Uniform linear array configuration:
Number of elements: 12
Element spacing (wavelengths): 0.25
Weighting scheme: cosine
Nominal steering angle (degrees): -45
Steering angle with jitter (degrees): -46.072
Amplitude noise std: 0.05
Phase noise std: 0.05

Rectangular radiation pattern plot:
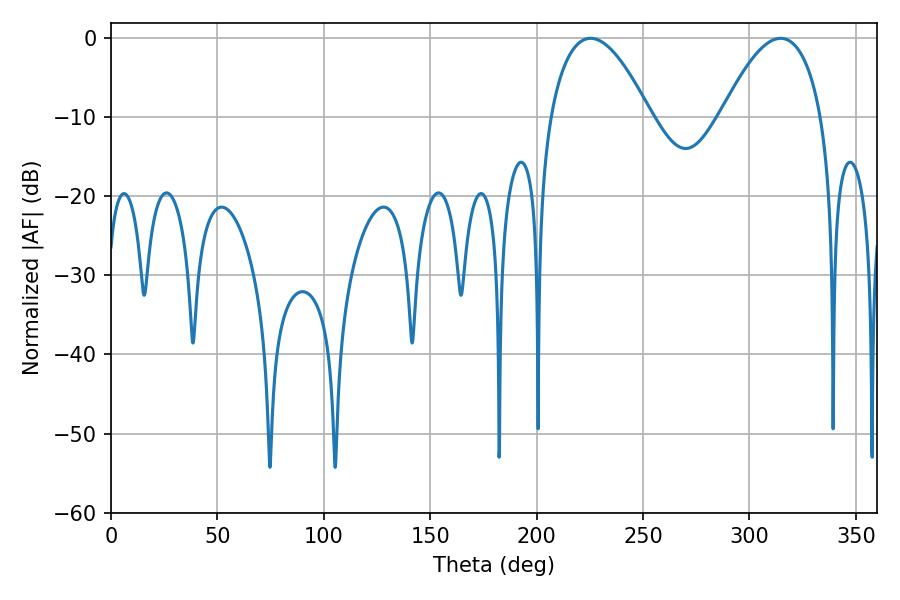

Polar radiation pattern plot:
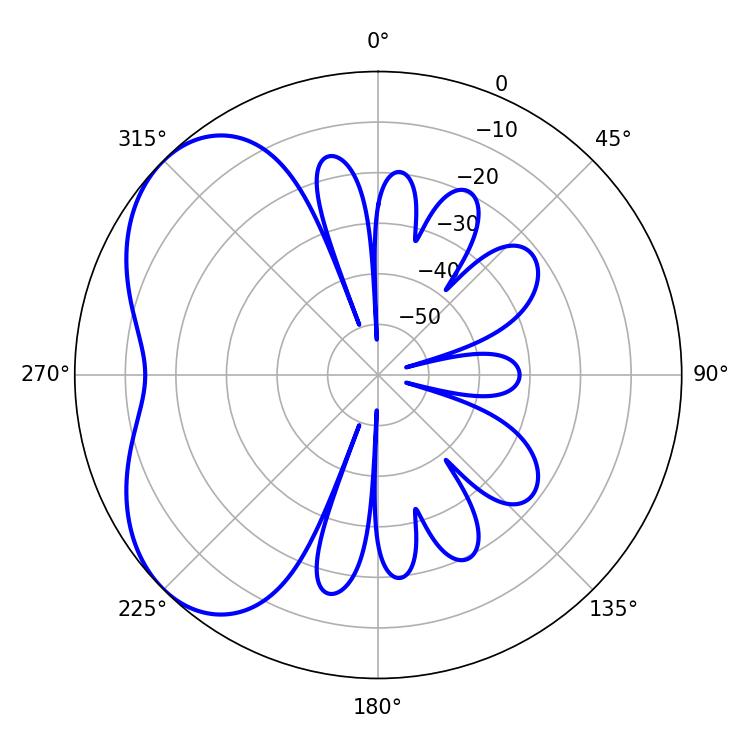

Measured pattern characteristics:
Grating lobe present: FALSE
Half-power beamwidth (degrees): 26.1
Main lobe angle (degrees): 225.36